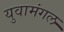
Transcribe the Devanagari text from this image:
युवामंगल